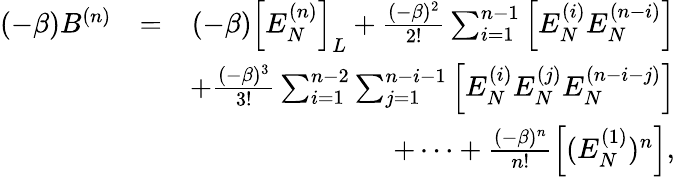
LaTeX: \begin{array}{rlr}{(-\beta)B^{(n)}}&{=}&{(-\beta)\Big[E_{N}^{(n)}\Big]_{L}+\frac{(-\beta)^{2}}{2!}\sum_{i=1}^{n-1}\Big[E_{N}^{(i)}E_{N}^{(n-i)}\Big]}\\ &{}&{+\frac{(-\beta)^{3}}{3!}\sum_{i=1}^{n-2}\sum_{j=1}^{n-i-1}\Big[E_{N}^{(i)}E_{N}^{(j)}E_{N}^{(n-i-j)}\Big]}\\ &{}&{+\cdots+\frac{(-\beta)^{n}}{n!}\Big[(E_{N}^{(1)})^{n}\Big],}\end{array}